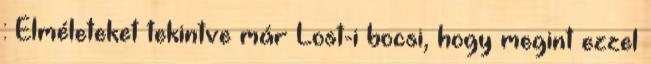
: Elméleteket tekintve már Lost-i bocsi, hogy megint ezzel